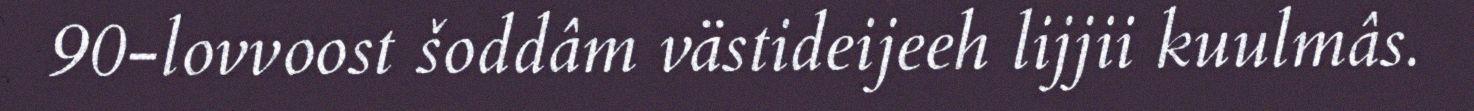
90-lovvoost šoddâm västideijeeh lijjii kuulmâs.